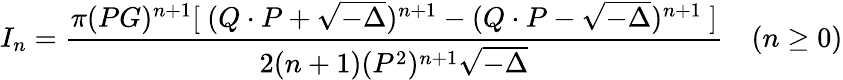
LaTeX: I_{n}={\frac{\pi(PG)^{n+1}[\ (Q\cdot P+\sqrt{-\Delta})^{n+1}-(Q\cdot P-\sqrt{-\Delta})^{n+1}\ ]}{2(n+1)(P^{2})^{n+1}\sqrt{-\Delta}}}\quad(n\ge 0)